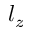
l _ { z }